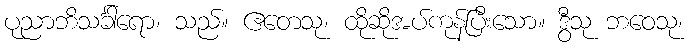
ပုညာဘိသင်္ခါရော၊ သည်။ ဧတေသု၊ ထိုဆိုအပ်ကုန်ပြီးသော။ ဒွီသု ဘဝေသု၊